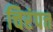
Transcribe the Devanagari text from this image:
चिरंपत्त